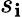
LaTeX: s_{\mathbf{i}}